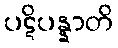
ပဋိပန္နာတိ